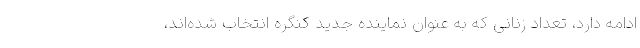
ادامه دارد، تعداد زنانی که به عنوان نماینده جدید کنگره انتخاب شده‌اند،